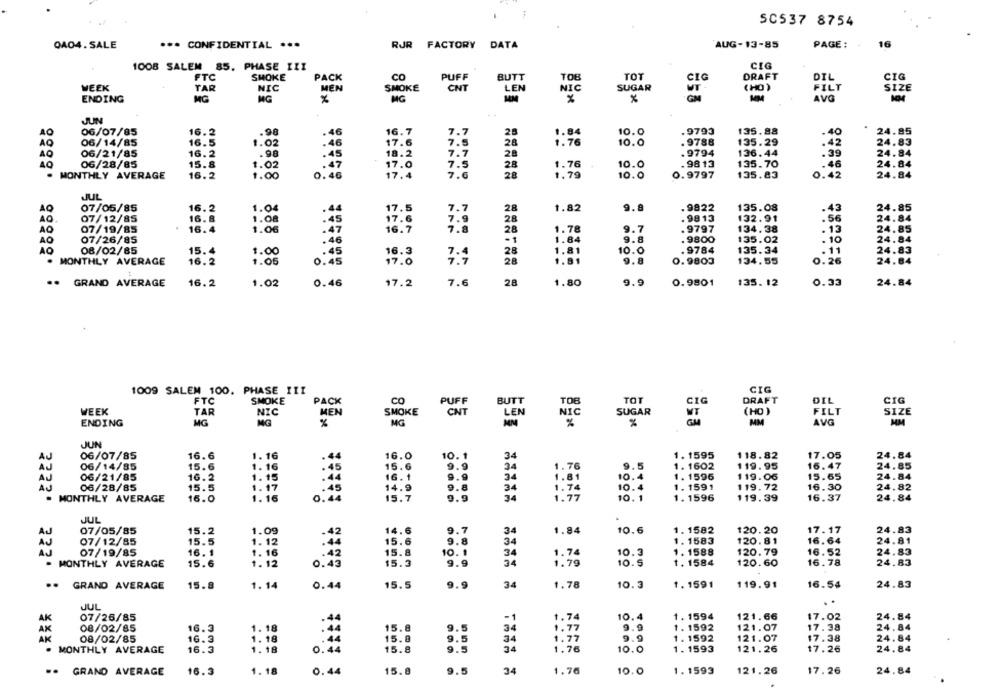
SC537 8754
16
QA04. SALE
*** CONFIDENTIAL ***
RJR FACTORY
DATA
AUG-13-85
PAGE: +
1008 SALEM 85. PHASE III
CIG
FTC
PACK
CO
PUFF
BUTT
TOB
TOT
DRAFT
DIL
CIG
SMOKE
CIG
WEEK
TAR
NIC
MEN
SMOKE
CNT
LEN
NIC
SUGAR
(HO )
FILT
SIZE
GM
MM
AVG
ENDING
MG
MG
%
MG
%
%
JUN
AO
06/07/85
16.2
.98
.46
16.7
7.7
25
.9793
135.88
.40
.
24.85
AO
06/14/85
16.5
1.02
.46
17.6
7.5
28
1.76
10.0
. 9788
135.29
.42
24.83
18.2
28
. 9794
.39
06/21/85
16.2
.98
. 45
7.7
136.44
24.84
06/28/85
15.8
1.02
17.0
7.5
28
1.76
10.0
.98 13
135.70
46
24.84
. MONTHLY AVERAGE
16.2
1.00
0.46
17.4
7.6
28
1,79
10.0
0.9797
135.83
0.42
24.84
JUL
AQ
07/05/85
16.2
17.5
7.7
28
1.82
9.8
.9822
135.08
43
24.85
AO.
07/12/85
16.8
17.6
7.9
28
. 9813
132.91
.56
24.84
07/19/85
16.4
7.8
28
1.78
9.7
.9797
134.38
.13
24.85
16.7
AO
07/26/85
:46
-1
1.84
9.8
. 9800
135.02
.10
24.84
. 9784
.11
24.83
AO
08/02/85
15.4
: 45
16.3
28
1.81
10.0
135.34
· MONTHLY AVERAGE
16.2
1.05
0.45
17.0
7.7
28
1.81
9.8
0.9803
134.55
0.26
24.84
.. GRAND AVERAGE
16.2
1.02
0.46
17.2
7.6
28
1.80
9.9
0.9801
135. 12
0.33
24.84
1009 SALEM 100. PHASE III
CIG
FTC
SMOKE
PACK
CO
PUFF
BUTT
TOB
TOT
CIG
DRAFT
DIL
CIG
WEEK
TAR
NIC
MEN
SMOKE
CNT
LEN
NIC
SUGAR
WT
(HD )
FILT
SIZE
MG
NG
MG
MM
%
%
MM
AVG
MM
ENDING
%
JUN
AU
06/07/85
16.6
1.16
.44
16.0
10
34
1. 1595
118.82
17.05
24.84
AJ
06/14/85
15.6
1. 16
.45
15.6
9.9
34
1.76
1. 1602
119.95
16.47
24.85
06/21/85
16.2
1. 15
.44
IG. 1
9.9
34
1.81
0.4
1. 1596
119.06
15.65
24.84
AJ
06/28/85
15.5
1.17
.45
14.9
9.8
34
1.74
10
,4
1. 1591
119.72
16.30
24.82
. MONTHLY AVERAGE
16.0
1. 16
0. 44
15.7
34
1.77
10. 1
1. 1596
119.39
16.37
24.84
JUL
07/05/85
15.2
1.09
14.6
7
34
1.84
10.6
1. 1582
120.20
17.17
24.83
15.5
-42
9.8
34
1. 1583
120.81
16.64
24.81
07/12/85
1. 12
15.6
07/19/85
16. 1
1. 16
15.8
10
34
1.74
10.3
1. 1588
120.79
16.52
24.83
. MONTHLY AVERAGE
15.6
1. 12
0.43
15.3
9.9
34
1.79
10.5
1. 1584
120.60
16.78
24.83
.. GRAND AVERAGE
15.8
1.14
0.44
15.5
9.9
34
1.78
10. 3
1. 1591
119.91
16.54
24.83
JUL
07/26/85
-1
1.74
10.4
1. 1594
121.66
$7.02
24.84
AK
AX
08/02/85
16.3
1. 18
15.8
9.5
34
1.77
9.9
1. 1592
121.07
17.38
24.84
15.8
1.77
121.07
17.38
24.84
AK
08/02/85
16.3
1.18
9.5
34
9.9
1. 1592
. MONTHLY AVERAGE
16.3
1.18
0.44
15.8
9.5
34
1.76
10.0
1. 1593
121.26
17.26
24.84
16.3
1.18
0.44
15.8
9.5
34
1.76
10.0
1. 1593
121. 26
17.26
24.84
.. GRAND AVERAGE